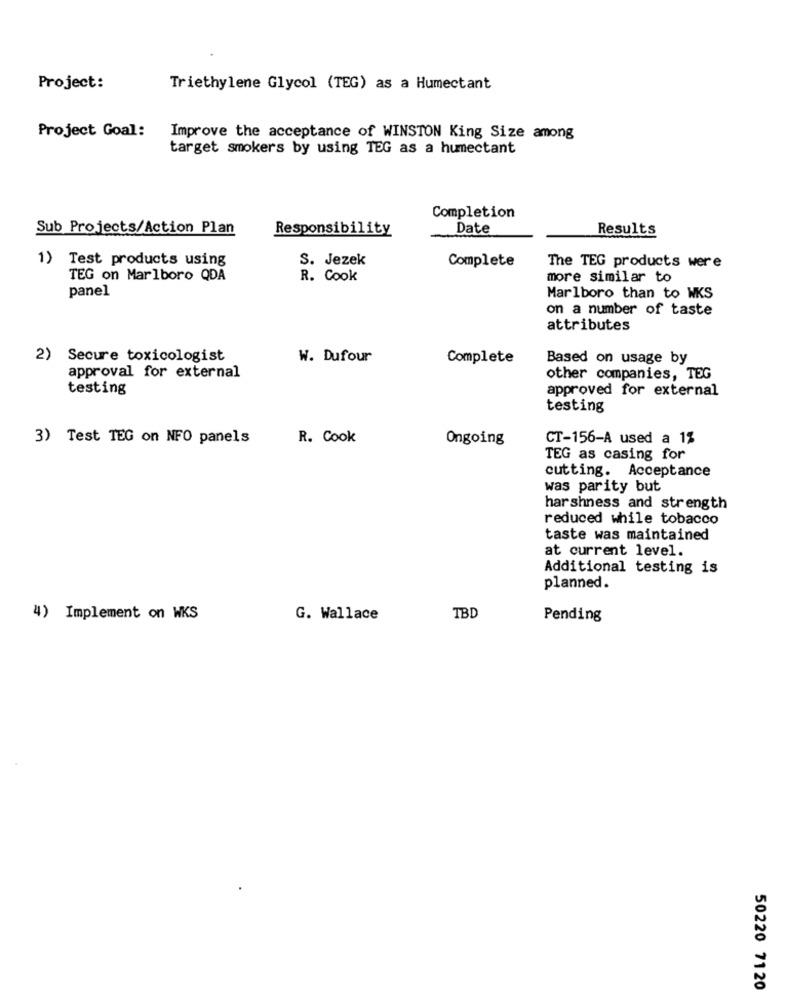
Project:
Triethylene Glycol (TEG) as a Humectant
Project Goal:
Improve the acceptance of WINSTON King Size among
target smokers by using TEG as a humectant
Completion
Sub Projects/Action Plan
Responsibility
Date
Results
1) Test products using
S. Jezek
Complete
The TEG products were
TEG on Marlboro QDA
R. Cook
more similar to
panel
Marlboro than to WKS
on a number of taste
attributes
2) Secure toxicologist
W. Dufour
Complete
Based on usage by
approval for external
other companies, TEG
testing
approved for external
testing
3) Test TEG on NFO panels
R. Cook
Ongoing
CT-156-A used a 1%
TEG as casing for
cutting.
Acceptance
was parity but
harshness and strength
reduced while tobacco
taste was maintained
at current level.
Additional testing is
planned.
4) Implement on WKS
G. Wallace
TBD
Pending
50220 7120